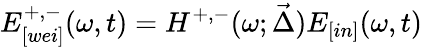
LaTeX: E_{[wei]}^{+,-}(\omega,t)=H^{+,-}(\omega;\vec{\Delta})E_{[in]}(\omega,t)